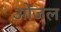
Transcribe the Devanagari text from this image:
ओंजल